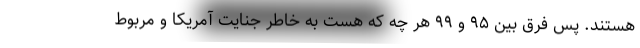
هستند. پس فرق بین ۹۵ و ۹۹ هر چه که هست به خاطر جنایت آمریکا و مربوط